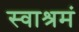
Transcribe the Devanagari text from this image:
स्वाश्रमं